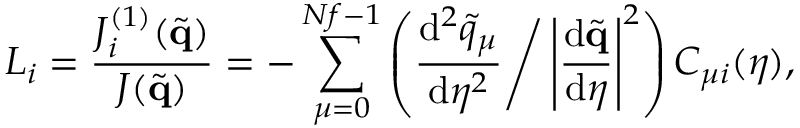
L _ { i } = \frac { J _ { i } ^ { ( 1 ) } ( \tilde { \mathbf { q } } ) } { J ( \tilde { \mathbf { q } } ) } = - \sum _ { \mu = 0 } ^ { N f - 1 } \left( \frac { \mathrm { d } ^ { 2 } \tilde { q } _ { \mu } } { \mathrm { d } \eta ^ { 2 } } \Bigg / \left| \frac { \mathrm { d } \tilde { \mathbf { q } } } { \mathrm { d } \eta } \right| ^ { 2 } \right) C _ { \mu i } ( \eta ) ,